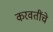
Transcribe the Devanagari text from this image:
करवतींचे